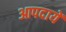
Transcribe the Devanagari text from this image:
आपदायें